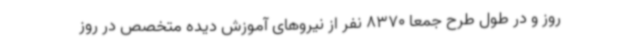
روز و در طول طرح جمعاً 8370 نفر از نیروهای آموزش دیده متخصص در روز